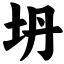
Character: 坍